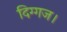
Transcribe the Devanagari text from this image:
दिग्गज।